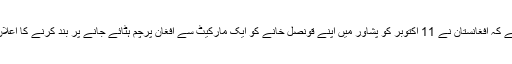
خیال رہے کہ افغانستان نے 11 اکتوبر کو پشاور میں اپنے قونصل خانے کو ایک مارکیٹ سے افغان پرچم ہٹائے جانے پر بند کرنے کا اعلان کیا تھا۔